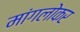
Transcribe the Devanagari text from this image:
मांगलोकर